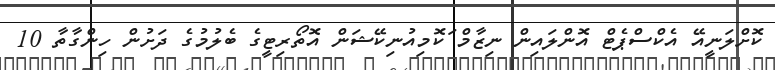
ކޮށްލަނީއޭ އެކްސްޕެޓް އޮންލައިން ނިޒާމް ަކޮމިއުނިކޭޝަން އޮތޯރިޓީގެ ބެލުމުގެ ދަށުން ހިންގާތާ 10